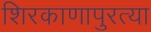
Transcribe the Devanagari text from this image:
शिरकाणापुरत्या